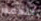
للدعم